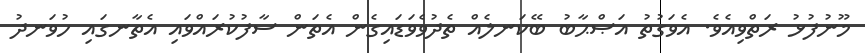
މޫނުފުޅު ރަތްވިއެވެ. އެވަގުތު އަޞްޙާބު ބޭކަނލެއް ތެދުވެވަޑައިގެން އެތަން ސާފުކުރައްވައި އެތާނގައި ހުވަނދު